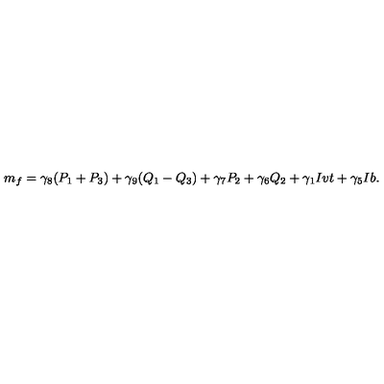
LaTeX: m _ { f } = \gamma _ { 8 } ( P _ { 1 } + P _ { 3 } ) + \gamma _ { 9 } ( Q _ { 1 } - Q _ { 3 } ) + \gamma _ { 7 } P _ { 2 } + \gamma _ { 6 } Q _ { 2 } + \gamma _ { 1 } I v t + \gamma _ { 5 } I b .